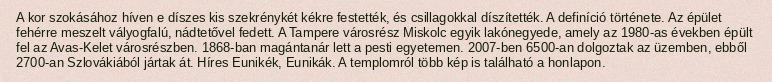
A kor szokásához híven e díszes kis szekrénykét kékre festették, és csillagokkal díszítették. A definíció története. Az épület fehérre meszelt vályogfalú, nádtetővel fedett. A Tampere városrész Miskolc egyik lakónegyede, amely az 1980-as években épült fel az Avas-Kelet városrészben. 1868-ban magántanár lett a pesti egyetemen. 2007-ben 6500-an dolgoztak az üzemben, ebből 2700-an Szlovákiából jártak át. Híres Eunikék, Eunikák. A templomról több kép is található a honlapon.